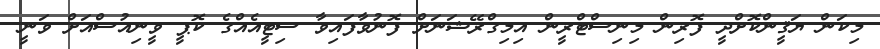
މިކަން ޔަޤީންކޮށްދީ ފޮރިން މިނިސްޓްރީން އިމިގްރޭޝަނަށް ފޮނުވާފައިވާ ސިޓީއެއްގެ ކޮޕީ ވީނިއުސްއަށް ވަނީ